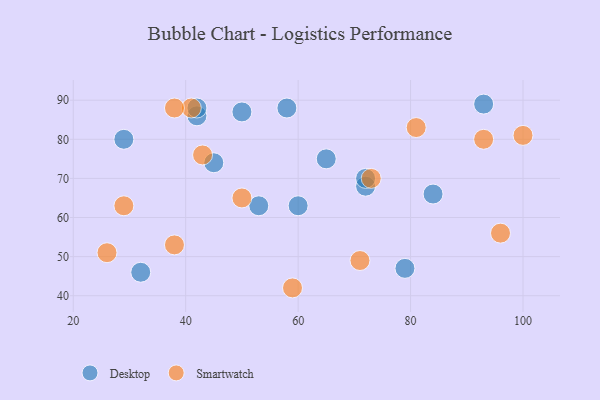
{"axis": {"x": "GDP", "y": "Life Expectancy"}, "legend": ["Desktop", "Smartwatch"], "data": [{"x": "29", "y": 80, "type": "Desktop"}, {"x": "42", "y": 86, "type": "Desktop"}, {"x": "79", "y": 47, "type": "Desktop"}, {"x": "72", "y": 68, "type": "Desktop"}, {"x": "50", "y": 87, "type": "Desktop"}, {"x": "58", "y": 88, "type": "Desktop"}, {"x": "32", "y": 46, "type": "Desktop"}, {"x": "42", "y": 88, "type": "Desktop"}, {"x": "45", "y": 74, "type": "Desktop"}, {"x": "72", "y": 70, "type": "Desktop"}, {"x": "93", "y": 89, "type": "Desktop"}, {"x": "84", "y": 66, "type": "Desktop"}, {"x": "53", "y": 63, "type": "Desktop"}, {"x": "60", "y": 63, "type": "Desktop"}, {"x": "65", "y": 75, "type": "Desktop"}, {"x": "73", "y": 70, "type": "Smartwatch"}, {"x": "50", "y": 65, "type": "Smartwatch"}, {"x": "29", "y": 63, "type": "Smartwatch"}, {"x": "41", "y": 88, "type": "Smartwatch"}, {"x": "59", "y": 42, "type": "Smartwatch"}, {"x": "38", "y": 53, "type": "Smartwatch"}, {"x": "96", "y": 56, "type": "Smartwatch"}, {"x": "100", "y": 81, "type": "Smartwatch"}, {"x": "93", "y": 80, "type": "Smartwatch"}, {"x": "26", "y": 51, "type": "Smartwatch"}, {"x": "38", "y": 88, "type": "Smartwatch"}, {"x": "81", "y": 83, "type": "Smartwatch"}, {"x": "43", "y": 76, "type": "Smartwatch"}, {"x": "71", "y": 49, "type": "Smartwatch"}]}